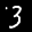
Label: 3